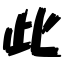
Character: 此